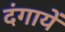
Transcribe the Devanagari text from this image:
दंगायें